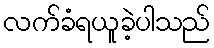
လက်ခံရယူခဲ့ပါသည်